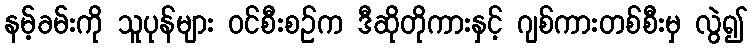
နမ့်ခမ်းကို သူပုန်များ ဝင်စီးစဉ်က ဒီဆိုတိုကားနှင့် ဂျစ်ကားတစ်စီးမှ လွဲ၍